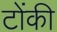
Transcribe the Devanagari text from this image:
टोंकी